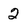
Character: 2